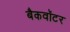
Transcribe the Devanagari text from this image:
बैकवॉटर